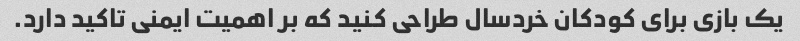
یک بازی برای کودکان خردسال طراحی کنید که بر اهمیت ایمنی تاکید دارد.